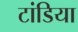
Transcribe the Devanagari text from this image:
टांडिया